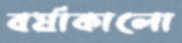
বর্ষাকালো